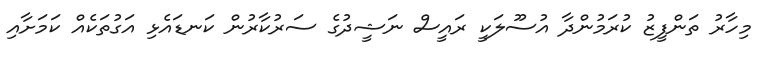
މިހާރު ތަންފީޒު ކުރަމުންދާ އުސޫލަކީ ރައީސް ނަޝީދުގެ ސަރުކާރުން ކަނޑައެޅި އަގުތަކެއް ކަމަށާއި